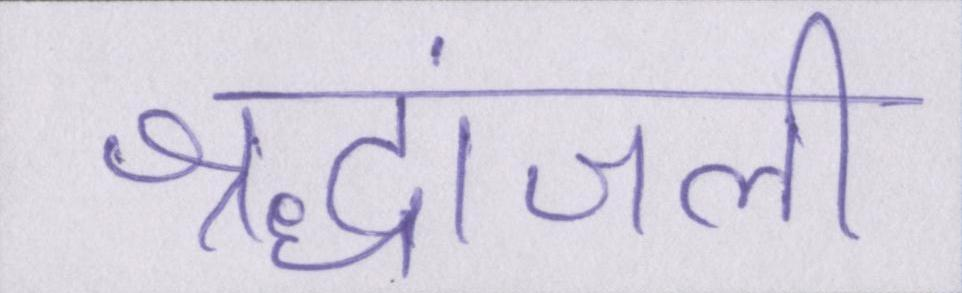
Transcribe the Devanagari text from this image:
श्रद्धांजली